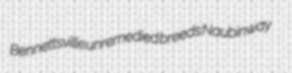
Bennettsville unremedied breeds Naubinway